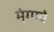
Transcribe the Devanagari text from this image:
मुंगावे